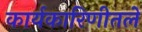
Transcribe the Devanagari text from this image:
कार्यकारिणीतले